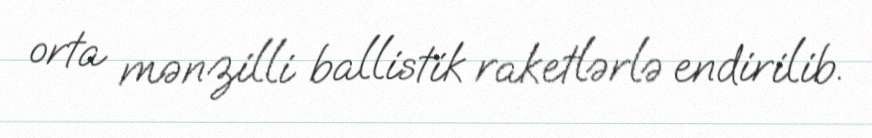
orta mənzilli ballistik raketlərlə endirilib.